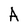
Character: A